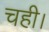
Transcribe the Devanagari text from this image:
चही।